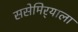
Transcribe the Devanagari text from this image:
ससेमिर्‍याला